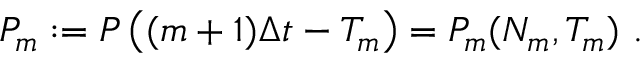
\begin{array} { r } { P _ { m } : = P \left( ( m + 1 ) \Delta t - T _ { m } \right) = P _ { m } ( N _ { m } , T _ { m } ) \ . } \end{array}